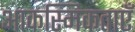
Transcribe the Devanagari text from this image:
आकस्मिकताएँ